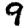
Digit: 9